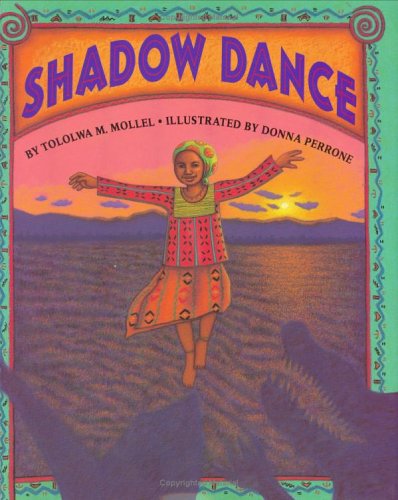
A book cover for Shadow Dance; Donna Perrone; Children's Books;